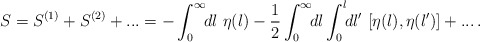
\begin{align*}S=S^{(1)}+S^{(2)}+... = - \int_0^{\infty}\!\!dl\ \eta(l) - \frac{1}{2}\int_0^{\infty}\!\!dl \int_0^{l}\!\!dl'\ [\eta(l),\eta(l')]+...\,.\end{align*}